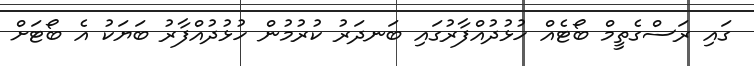
ގައި ރަސްގެތީމް ބޯޓެއް ހުޅުދުއްފާރުގައި ބަނދަރު ކުރުމުން ހުޅުދުއްފާރު ބަޔަކު އެ ބޯޓަށް